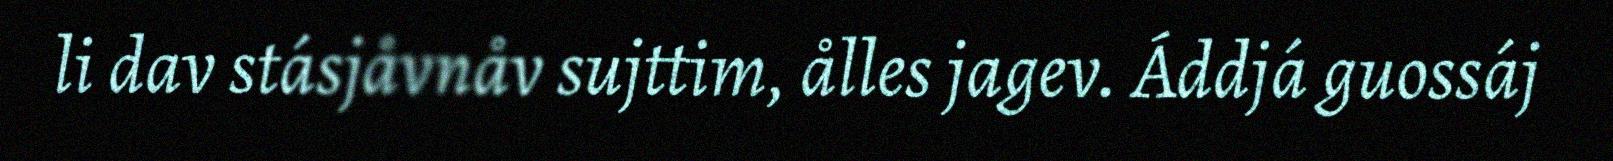
li dav stásjåvnåv sujttim, ålles jagev. Áddjá guossáj